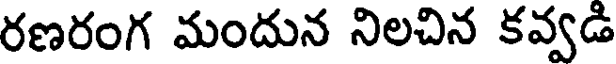
రణరంగ మందున నిలచిన కవ్వడి